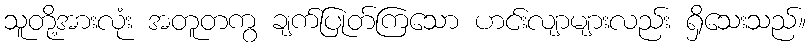
သူတို့အားလုံး အတူတကွ ချက်ပြုတ်ကြသော ဟင်းလျာများလည်း ရှိသေးသည်။